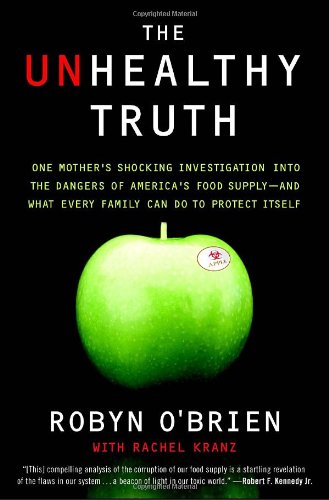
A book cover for The Unhealthy Truth: One Mother's Shocking Investigation into the Dangers of America's Food Supply-- and What Every Family Can Do to Protect Itself; Robyn O'Brien; Health, Fitness & Dieting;